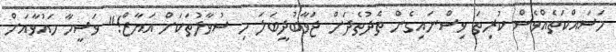
މަސައްކަތެއްވެސް ކުރިތަ ވިސްނައިގެން ތެދުތެދަށް ޖަވާބުދީބަލަ މި ސުވާލުތަކަށް އަޔާޒް!" ވަސީމާ މައުވާއަށް